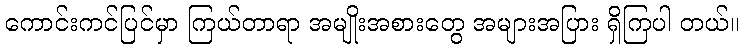
ကောင်းကင်ပြင်မှာ ကြယ်တာရာ အမျိုးအစားတွေ အများအပြား ရှိကြပါ တယ်။